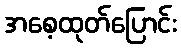
အစေ့ထုတ်ပြောင်း